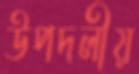
উপদলীয়